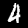
Label: 4